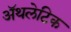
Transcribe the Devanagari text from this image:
अॅथलेटिक